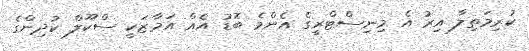
ކުރިމަތިލާ އިރު އެ މިނިސްޓްރީގެ އެންމެ ބޮޑު އެއް އަމާޒަކީ ސްކޫލް ކުދިންގެ